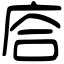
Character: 𢈈